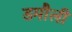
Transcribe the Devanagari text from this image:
डमाैली